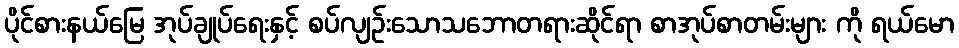
ပိုင်စားနယ်မြေ အုပ်ချုပ်ရေးနှင့် စပ်လျဉ်းသောသဘောတရားဆိုင်ရာ စာအုပ်စာတမ်းများ ကို ရယ်မော